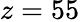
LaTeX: z=55